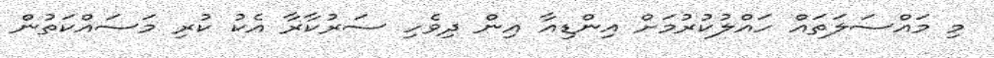
މި މައްސަލަތައް ހައްލުކުރުމަށް އިންޑިއާ އިން ދިވެހި ސަރުކާރާ އެކު ކުރި މަސައްކަތުން